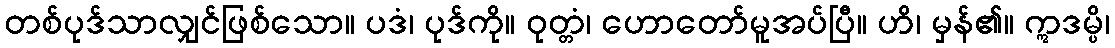
တစ်ပုဒ်သာလျှင်ဖြစ်သော။ ပဒံ၊ ပုဒ်ကို။ ဝုတ္တံ၊ ဟောတော်မူအပ်ပြီ။ ဟိ၊ မှန်၏။ ဣဒမ္ပိ၊